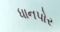
ધાનપોર